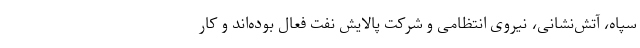
سپاه، آتش‌نشانی، نیروی انتظامی و شرکت پالایش نفت فعال بوده‌اند و کار